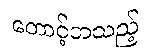
တောင့်တသည့်